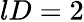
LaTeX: lD=2